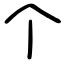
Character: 个